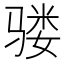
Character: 𩨇